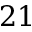
2 1